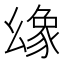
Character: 𢇐